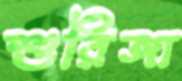
শুরিঙ্গা